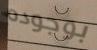
بوجوده